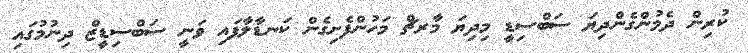
ކުރިން ދެމުންގެންދިޔަ ސަބްސިޑީ މިދިޔަ މާރޗް މަހުންފެށިގެން ކަނޑާލާފައި ވަނީ ސަބްސިޑީޒް ދިނުމުގައި